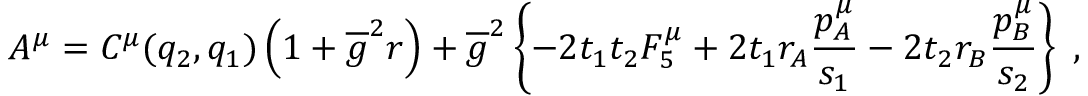
{ \cal A } ^ { \mu } = C ^ { \mu } ( q _ { 2 } , q _ { 1 } ) \left( 1 + \overline { { g } } ^ { 2 } r \right) + \overline { { g } } ^ { 2 } \left\{ - 2 t _ { 1 } t _ { 2 } { \cal F } _ { 5 } ^ { \mu } + 2 t _ { 1 } r _ { A } \frac { p _ { A } ^ { \mu } } { s _ { 1 } } - 2 t _ { 2 } r _ { B } \frac { p _ { B } ^ { \mu } } { s _ { 2 } } \right\} \; ,